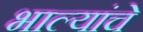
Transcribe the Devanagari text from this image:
भाल्यांचे